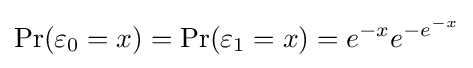
\Pr(\varepsilon _{0}=x)=\Pr(\varepsilon _{1}=x)=e^{-x}e^{-e^{-x}}